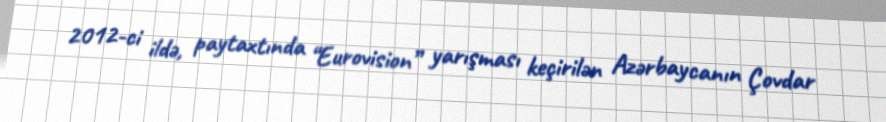
2012-ci ildə, paytaxtında “Eurovision” yarışması keçirilən Azərbaycanın Çovdar